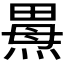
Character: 𰟌